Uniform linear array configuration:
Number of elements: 48
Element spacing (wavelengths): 0.75
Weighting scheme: blackman
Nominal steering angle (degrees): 0
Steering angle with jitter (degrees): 0.5305
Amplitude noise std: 0.05
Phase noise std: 0.05

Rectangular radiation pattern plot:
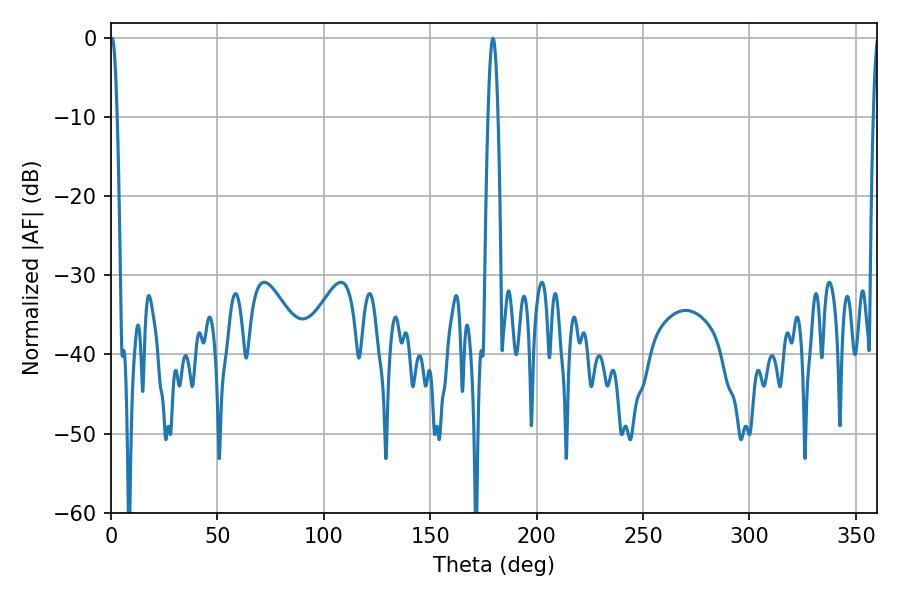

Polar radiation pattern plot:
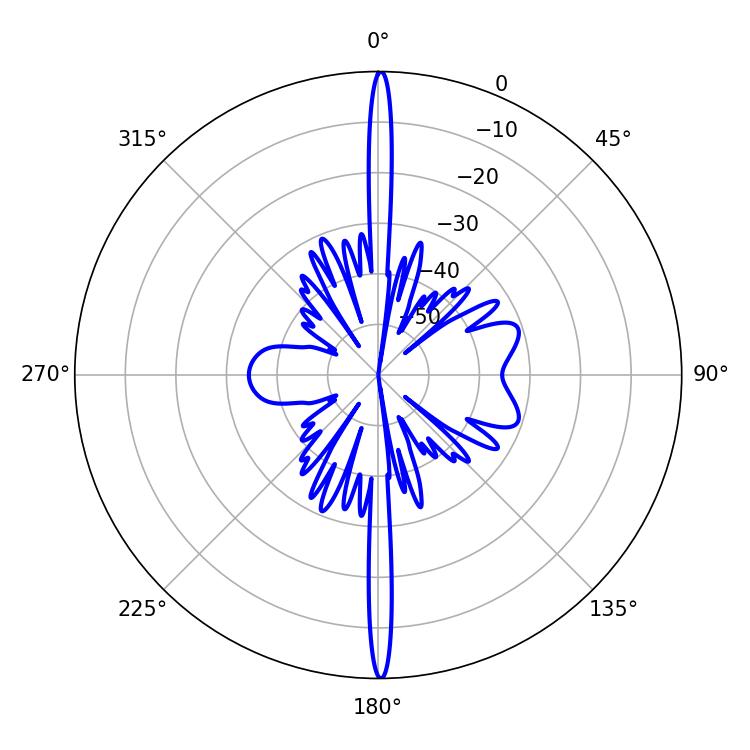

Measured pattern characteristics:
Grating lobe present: TRUE
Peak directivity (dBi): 32.217
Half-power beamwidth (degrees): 1.8
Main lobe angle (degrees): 0.54